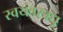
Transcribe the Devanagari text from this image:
स्वयंवरवधू